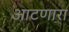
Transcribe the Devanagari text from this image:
आटणारा